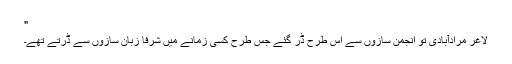
"
لاغر مرادآبادی تو انجمن سازوں سے اس طرح ڈر گئے جس طرح کسی زمانے میں شرفا زبان سازوں سے ڈرتے تھے۔